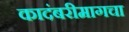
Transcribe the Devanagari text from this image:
कादंबरीमागचा